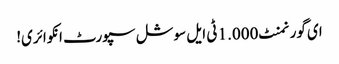
ای گورنمنٹ 1.000 ٹی ایل سوشل سپورٹ انکوائری!